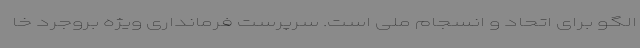
الگو برای اتحاد و انسجام ملی است. سرپرست فرمانداری ویژه بروجرد خا